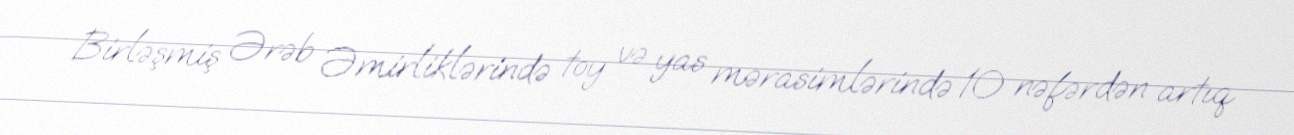
Birləşmiş Ərəb Əmirliklərində toy və yas mərasimlərində 10 nəfərdən artıq